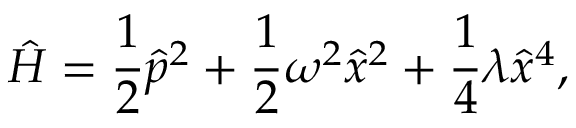
\hat { H } = \frac { 1 } { 2 } { \hat { p } } ^ { 2 } + \frac { 1 } { 2 } \omega ^ { 2 } { \hat { x } } ^ { 2 } + \frac { 1 } { 4 } \lambda { \hat { x } } ^ { 4 } ,